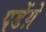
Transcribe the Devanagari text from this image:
पडेंग़े